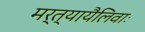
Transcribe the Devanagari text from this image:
मर्त्यायैलिवाः